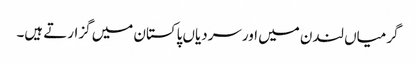
گرمیاں لندن میں اورسردیاں پاکستان میں گزارتے ہیں۔